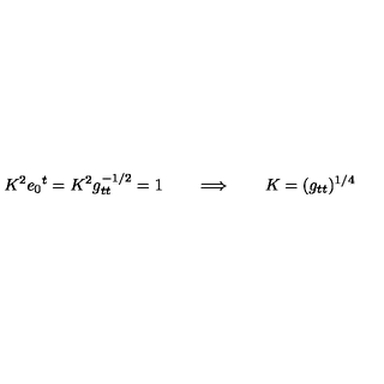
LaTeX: K ^ { 2 } e _ { 0 } { } ^ { t } = K ^ { 2 } g _ { t t } ^ { - 1 / 2 } = 1 \qquad \Longrightarrow \qquad K = ( g _ { t t } ) ^ { 1 / 4 }